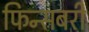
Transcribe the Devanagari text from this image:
फिन्सबरी